Vital statistics of India. Vol. IV, Annual returns from 1871 to 1876. British Army of India, Native Army and jails of Bengal
Year: 1871
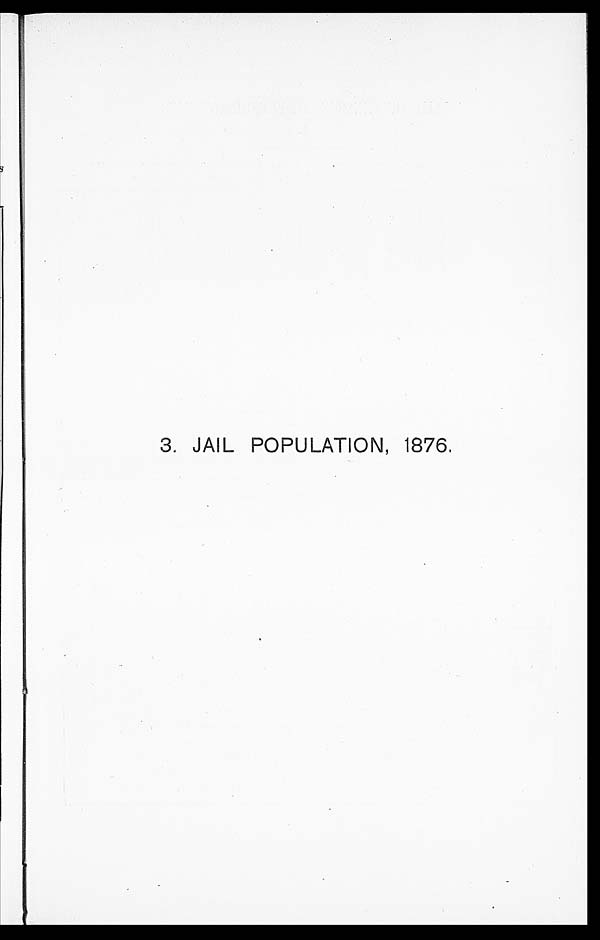
3. JAIL POPULATION, 1876.